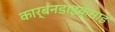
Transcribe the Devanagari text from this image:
कार्बनडाइक्साइ